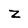
Character: z